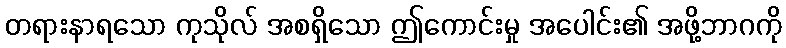
တရားနာရသော ကုသိုလ် အစရှိသော ဤကောင်းမှု အပေါင်း၏ အဖို့ဘာဂကို